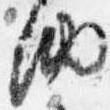
納